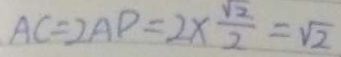
A C = 2 A P = 2 \times \frac { \sqrt { 2 } } { 2 } = \sqrt { 2 }